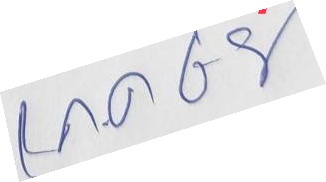
1 ก.ค. 68